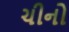
ચીનો